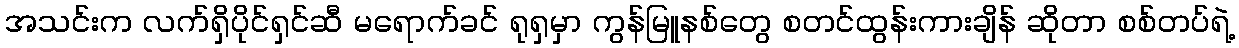
အသင်းက လက်ရှိပိုင်ရှင်ဆီ မရောက်ခင် ရုရှမှာ ကွန်မြူနစ်တွေ စတင်ထွန်းကားချိန် ဆိုတာ စစ်တပ်ရဲ့